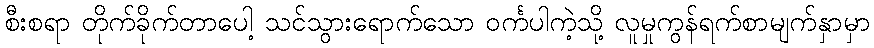
စီးစရာ တိုက်ခိုက်တာပေါ့ သင်သွားရောက်သော ဝင်္ကပါကဲ့သို့ လူမှုကွန်ရက်စာမျက်နှာမှာ